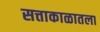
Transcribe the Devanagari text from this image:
सत्ताकाळातला